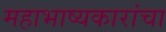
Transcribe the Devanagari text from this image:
महाभाष्यकारांचा